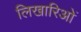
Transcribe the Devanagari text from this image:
लिखारिओं